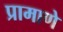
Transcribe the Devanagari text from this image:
प्रामाणे